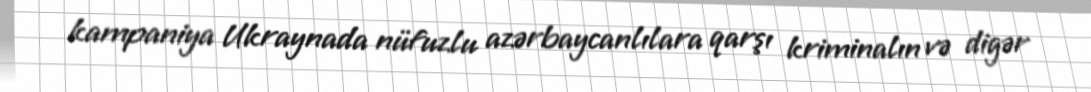
kampaniya Ukraynada nüfuzlu azərbaycanlılara qarşı kriminalın və digər